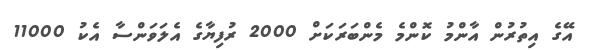
އޭގެ އިތުރުން އާންމު ކޮންމެ މެންބަރަކަށް 2000 ރުފިޔާގެ އެލަވަންސާ އެކު 11000